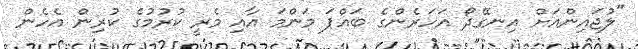
"ލުޖައިންއަށް އިނގޭދޯ އަހަރެންގެ ބައްޕަ މަންމަ އާއި މެރީ ކުރުމުގެ ކުރިން އެހެން